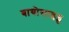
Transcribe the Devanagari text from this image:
बायोसाइड्स